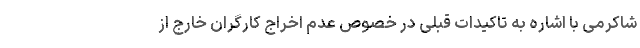
شاکرمی با اشاره به تاکیدات قبلی در خصوص عدم اخراج کارگران خارج از